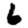
Digit: 6